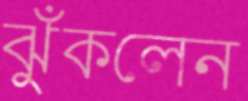
ঝুঁকলেন